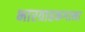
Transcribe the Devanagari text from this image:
भारवाहकगाना